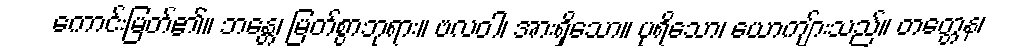
ကောင်းမြတ်၏။ ဘန္တေ၊ မြတ်စွာဘုရား။ ဗလဝါ၊ အားရှိသော။ ပုရိသော၊ ယောကျ်ားသည်။ တတ္တေန၊